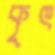
কৃৎ